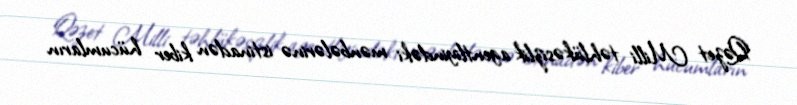
Qəzet Milli təhlükəsizlik agentliyindəki mənbələrinə istinadən kiber hücumların